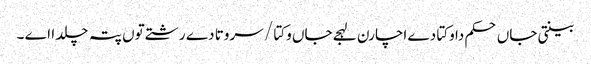
بینتی جاں حکم دا وکتا دے اچارن لہجے جاں وکتا / سروتا دے رشتے توں پتہ چلدا اے ۔